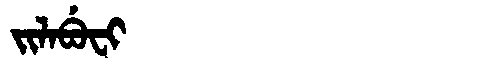
Manchu: ᠵᡳᠯᠠᠪᡠᠸᡳ
Romanization: JILABUFI